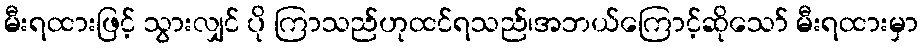
မီးရထားဖြင့် သွားလျှင် ပို ကြာသည်ဟုထင်ရသည်၊အဘယ်ကြောင့်ဆိုသော် မီးရထားမှာ